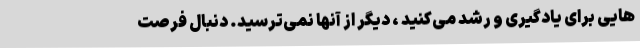
هایی برای یادگیری و رشد می‌کنید ، دیگر از آنها نمی‌ترسید. دنبال فرصت